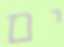
ים